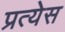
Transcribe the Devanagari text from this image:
प्रत्येस